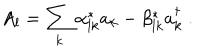
A _ { l } = \sum _ { k } \alpha _ { l k } ^ { * } a _ { k } - \beta _ { l k } ^ { * } a _ { k } ^ { \dagger } \; .